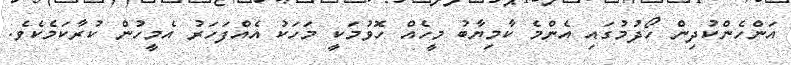
އަންހެންކުދިން ހޯދުމުގައި އެންމެ ކާމިޔާބު މީހެއް ހޮވުމަކީ މަހަކު އެއްފަހަރު އެމީހުން ކުރާކަމެކެވެ.